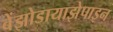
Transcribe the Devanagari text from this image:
बेंझोडायाझेपाइन